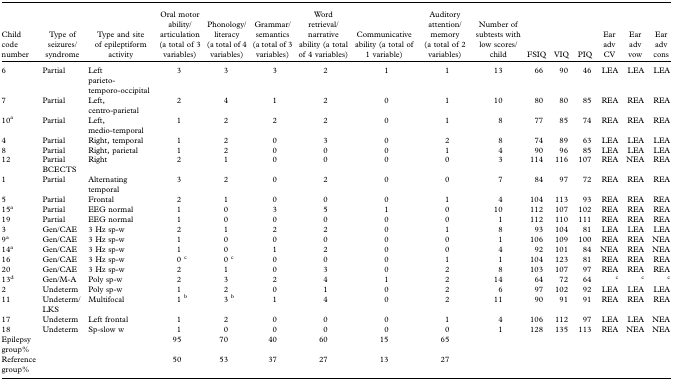
<table><thead><tr><td><b>Child code number</b></td><td><b>Type of seizures/syndrome</b></td><td><b>Type and site of epileptiform activity</b></td><td><b>Oral motor ability/articulation (a total of 3 variables)</b></td><td><b>Phonology/literacy (a total of 4 variables)</b></td><td><b>Grammar/semantics (a total of 3 variables)</b></td><td><b>Word retrieval/narrative ability (a total of 4 variables)</b></td><td><b>Communicative ability (a total of 1 variable)</b></td><td><b>Auditory attention/memory (a total of 2 variables)</b></td><td><b>Number of subtests with low scores/child</b></td><td><b>FSIQ</b></td><td><b>VIQ</b></td><td><b>PIQ</b></td><td><b>Ear adv CV</b></td><td><b>Ear adv vow</b></td><td><b>Ear adv cons</b></td></tr></thead><tbody><tr><td>6</td><td>Partial</td><td>Left parieto-temporo-occipital</td><td>3</td><td>3</td><td>3</td><td>2</td><td>1</td><td>1</td><td>13</td><td>66</td><td>90</td><td>46</td><td>LEA</td><td>LEA</td><td>LEA</td></tr><tr><td>7</td><td>Partial</td><td>Left, centro-parietal</td><td>2</td><td>4</td><td>1</td><td>2</td><td>0</td><td>1</td><td>10</td><td>80</td><td>80</td><td>85</td><td>REA</td><td>REA</td><td>REA</td></tr><tr><td>10<sup>a</sup></td><td>Partial</td><td>Left, medio-temporal</td><td>1</td><td>2</td><td>2</td><td>2</td><td>0</td><td>1</td><td>8</td><td>77</td><td>85</td><td>74</td><td>REA</td><td>REA</td><td>REA</td></tr><tr><td>4</td><td>Partial</td><td>Right, temporal</td><td>1</td><td>2</td><td>0</td><td>3</td><td>0</td><td>2</td><td>8</td><td>74</td><td>89</td><td>63</td><td>LEA</td><td>LEA</td><td>LEA</td></tr><tr><td>8</td><td>Partial</td><td>Right, parietal</td><td>1</td><td>2</td><td>0</td><td>0</td><td>0</td><td>1</td><td>4</td><td>90</td><td>96</td><td>85</td><td>LEA</td><td>LEA</td><td>LEA</td></tr><tr><td>12</td><td>Partial BCECTS</td><td>Right</td><td>2</td><td>1</td><td>0</td><td>0</td><td>0</td><td>0</td><td>3</td><td>114</td><td>116</td><td>107</td><td>REA</td><td>NEA</td><td>REA</td></tr><tr><td>1</td><td>Partial</td><td>Alternating temporal</td><td>3</td><td>2</td><td>0</td><td>2</td><td>0</td><td>0</td><td>7</td><td>84</td><td>97</td><td>72</td><td>REA</td><td>REA</td><td>REA</td></tr><tr><td>5</td><td>Partial</td><td>Frontal</td><td>2</td><td>1</td><td>0</td><td>0</td><td>0</td><td>1</td><td>4</td><td>104</td><td>113</td><td>93</td><td>REA</td><td>REA</td><td>REA</td></tr><tr><td>15<sup>a</sup></td><td>Partial</td><td>EEG normal</td><td>1</td><td>0</td><td>3</td><td>5</td><td>1</td><td>0</td><td>10</td><td>112</td><td>107</td><td>102</td><td>REA</td><td>REA</td><td>REA</td></tr><tr><td>19</td><td>Partial</td><td>EEG normal</td><td>1</td><td>0</td><td>0</td><td>0</td><td>0</td><td>0</td><td>1</td><td>112</td><td>110</td><td>111</td><td>REA</td><td>REA</td><td>REA</td></tr><tr><td>3</td><td>Gen/CAE</td><td>3 Hz sp-w</td><td>2</td><td>1</td><td>2</td><td>2</td><td>0</td><td>1</td><td>8</td><td>93</td><td>104</td><td>81</td><td>LEA</td><td>LEA</td><td>LEA</td></tr><tr><td>9<sup>a</sup></td><td>Gen/CAE</td><td>3 Hz sp-w</td><td>1</td><td>0</td><td>0</td><td>0</td><td>0</td><td>0</td><td>1</td><td>106</td><td>109</td><td>100</td><td>REA</td><td>REA</td><td>NEA</td></tr><tr><td>14<sup>a</sup></td><td>Gen/CAE</td><td>3 Hz sp-w</td><td>1</td><td>0</td><td>1</td><td>2</td><td>0</td><td>0</td><td>4</td><td>92</td><td>101</td><td>84</td><td>NEA</td><td>REA</td><td>NEA</td></tr><tr><td>16</td><td>Gen/CAE</td><td>3 Hz sp-w</td><td>0 <sup>c</sup></td><td>0 <sup>c</sup></td><td>0</td><td>0</td><td>0</td><td>1</td><td>1</td><td>104</td><td>123</td><td>81</td><td>REA</td><td>REA</td><td>REA</td></tr><tr><td>20</td><td>Gen/CAE</td><td>3 Hz sp-w</td><td>2</td><td>1</td><td>0</td><td>3</td><td>0</td><td>2</td><td>8</td><td>103</td><td>107</td><td>97</td><td>REA</td><td>REA</td><td>REA</td></tr><tr><td>13<sup>d</sup></td><td>Gen/M-A</td><td>Poly sp-w</td><td>2</td><td>3</td><td>2</td><td>4</td><td>1</td><td>2</td><td>14</td><td>64</td><td>72</td><td>64</td><td><sup>c</sup></td><td><sup>c</sup></td><td><sup>c</sup></td></tr><tr><td>2</td><td>Undeterm</td><td>Poly sp-w</td><td>1</td><td>2</td><td>0</td><td>1</td><td>0</td><td>2</td><td>6</td><td>97</td><td>102</td><td>92</td><td>LEA</td><td>LEA</td><td>LEA</td></tr><tr><td>11</td><td>Undeterm/LKS</td><td>Multifocal</td><td>1 <sup>b</sup></td><td>3 <sup>b</sup></td><td>1</td><td>4</td><td>0</td><td>2</td><td>11</td><td>90</td><td>91</td><td>91</td><td>REA</td><td>REA</td><td>REA</td></tr><tr><td>17</td><td>Undeterm</td><td>Left frontal</td><td>1</td><td>2</td><td>0</td><td>0</td><td>0</td><td>1</td><td>4</td><td>106</td><td>112</td><td>97</td><td>LEA</td><td>LEA</td><td>NEA</td></tr><tr><td>18</td><td>Undeterm</td><td>Sp-slow w</td><td>1</td><td>0</td><td>0</td><td>0</td><td>0</td><td>0</td><td>1</td><td>128</td><td>135</td><td>113</td><td>REA</td><td>NEA</td><td>NEA</td></tr><tr><td>Epilepsy group%</td><td></td><td></td><td>95</td><td>70</td><td>40</td><td>60</td><td>15</td><td>65</td><td></td><td></td><td></td><td></td><td></td><td></td><td></td></tr><tr><td>Reference group%</td><td></td><td></td><td>50</td><td>53</td><td>37</td><td>27</td><td>13</td><td>27</td><td></td><td></td><td></td><td></td><td></td><td></td><td></td></tr></tbody></table>